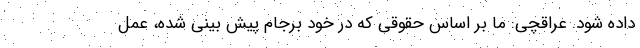
داده شود. عراقچی: ما بر اساس حقوقی که در خود برجام پیش بینی شده، عمل